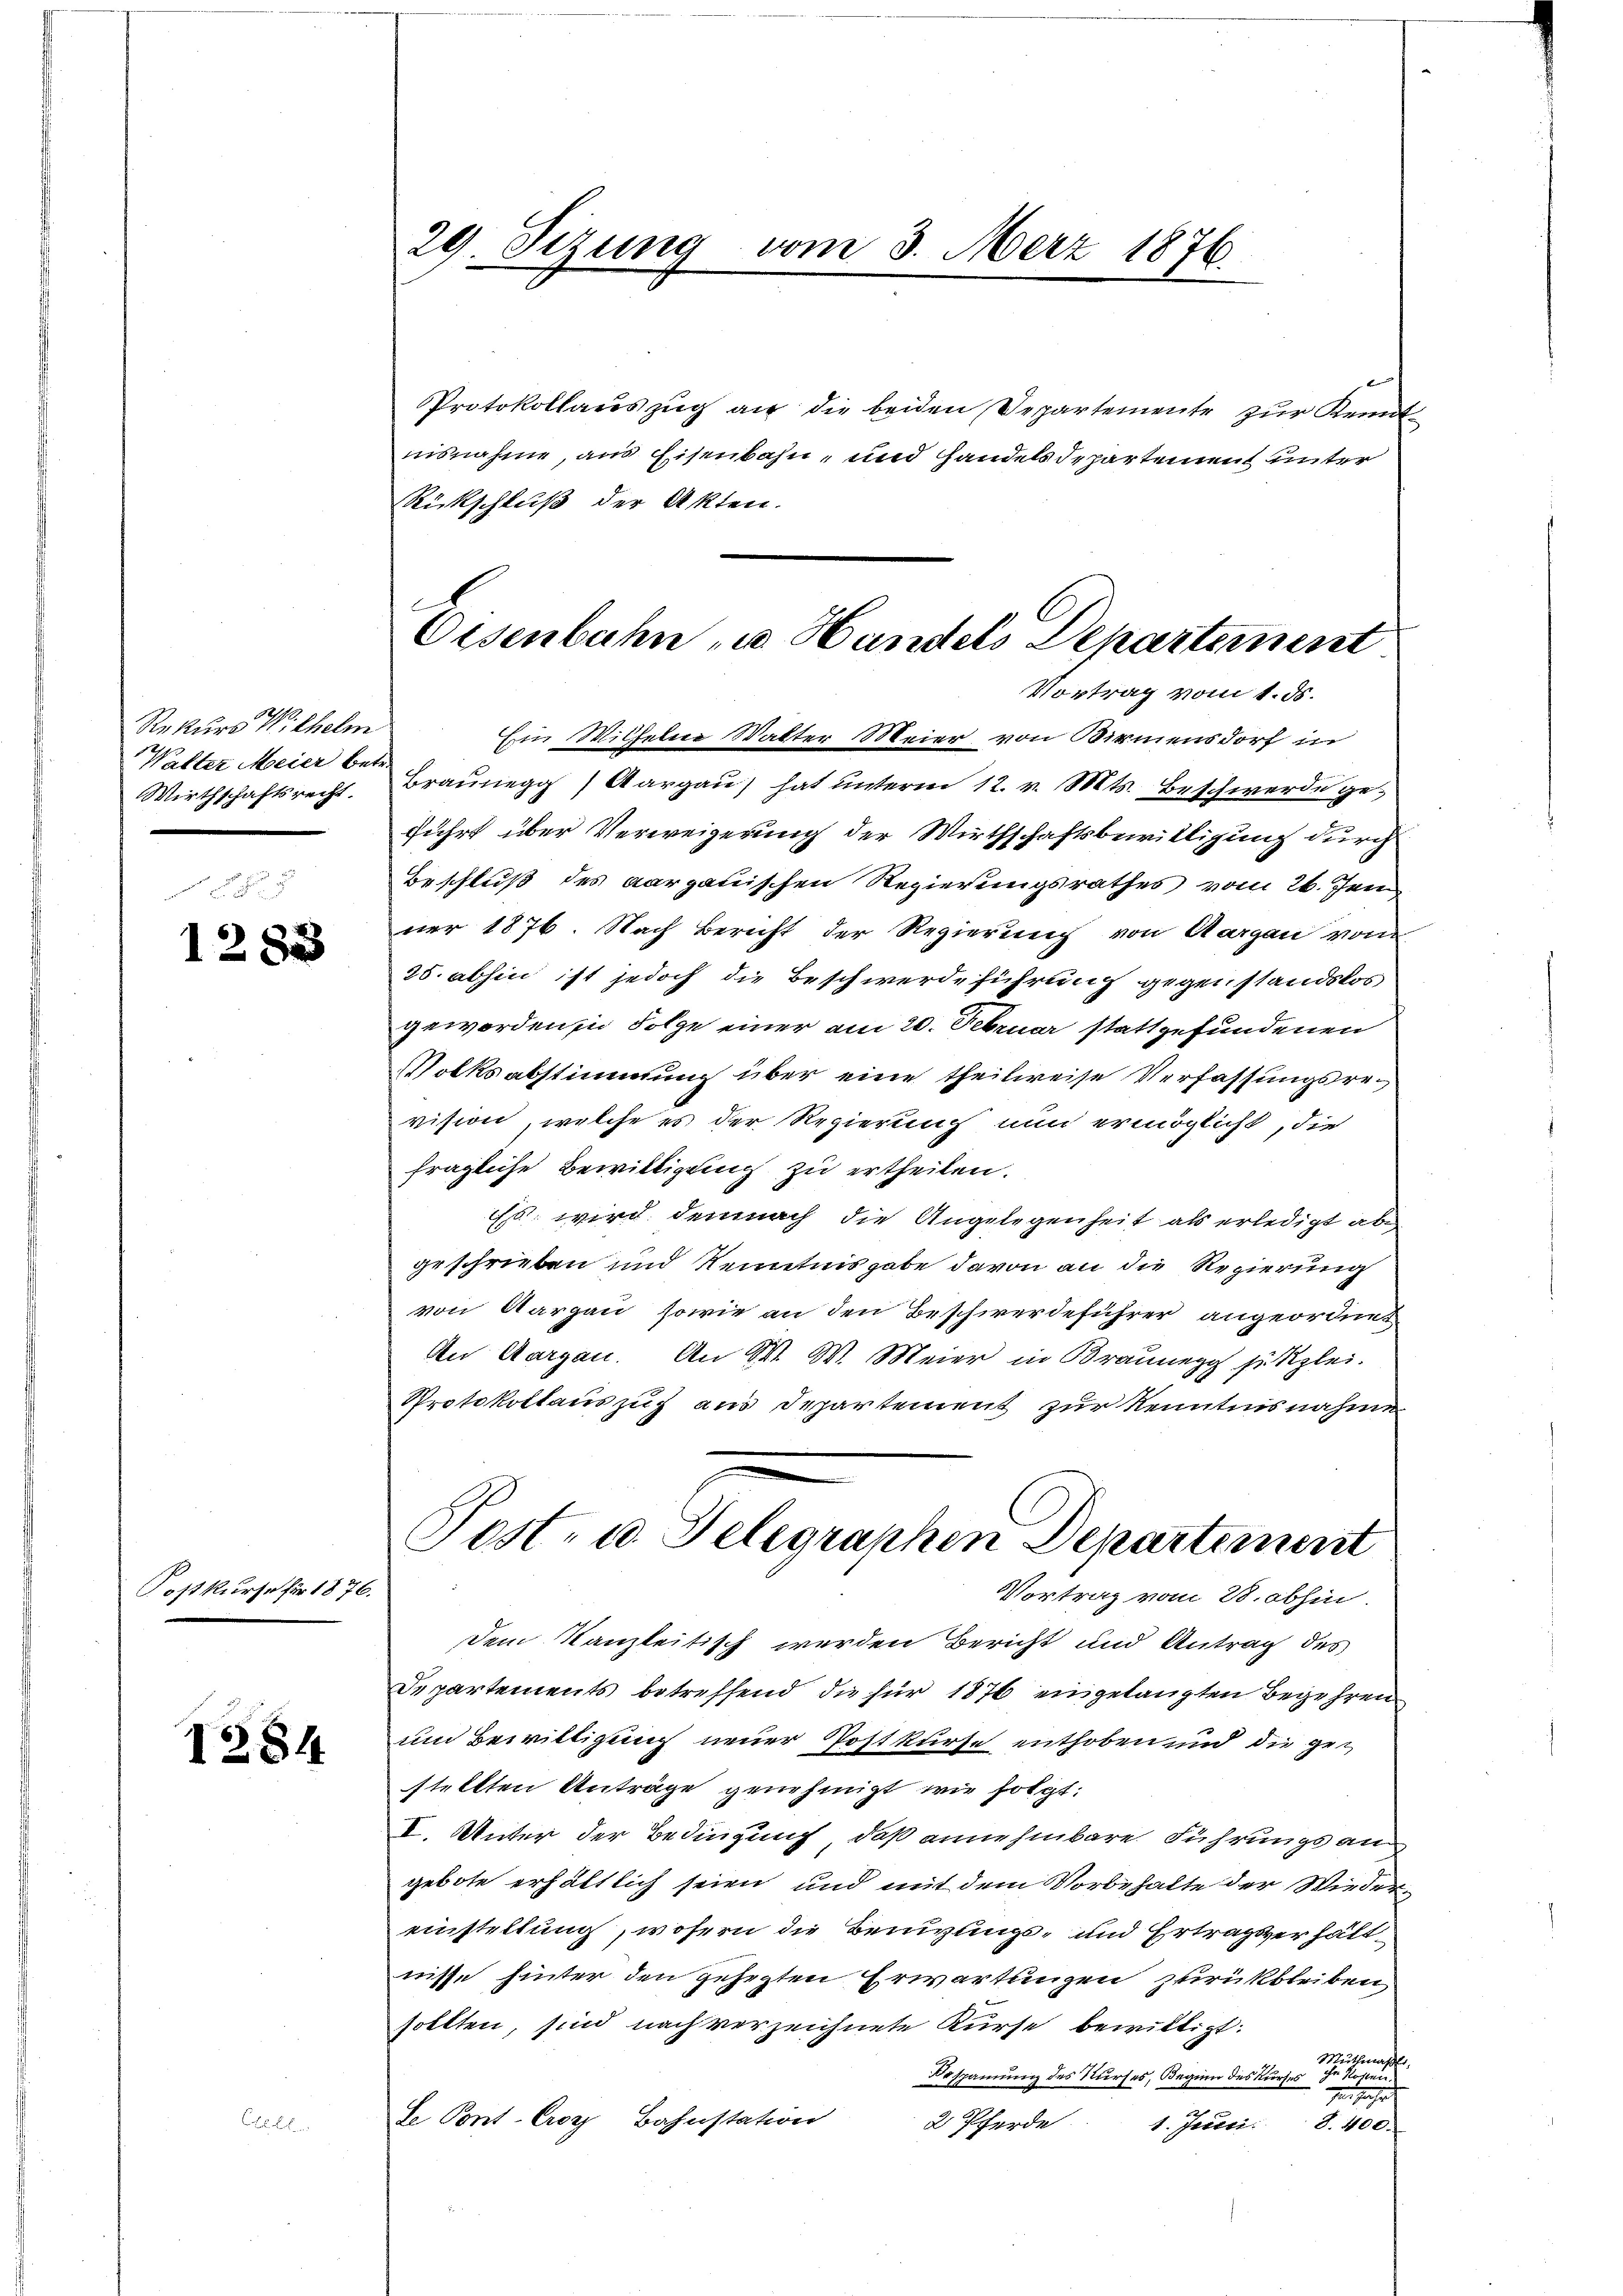
Rekurs Wilhelm
Walter Meier betr
Wirthschaftsrecht.

1283

Kostkurse für 1876.

1284

29. Sizung

Protokollauszug an die beiden Departemente zur Kennte
nisnahme, aus Eisenbahn, und handelsdepartement unter
Rückschluß der Akten.
Vortrag vom 1. ds.
Ein Wilhelm Walter Meier von Birmensdorf in
Braunegg) Aargau, hat unterm 12. v. Mts. Beschwerde ge
führt über Verweigerung der Wirthschaftsbewilligung durch
Beschluß des aargauischen Regierungsrathes vom 26. Jen
ner 1876. Nach Bericht der Regierung von Aargau vom
35. abhin ist jedoch die Beschwerdeführung gegenstandslos
geworden in Folge einer am 20. Februar stattgefundenen
Volksabstimmung über eine theilweise Verfassungsrevision, welche es der Regierung nun ermöglicht, die
fragliche Bewilligung zu ertheilen.
Es wird demnach die Angelegenheit als erledigt ab
geschrieben und Kenntnisgabe davon an die Regierung
von Aargau, sowie an den Beschwerdeführer angeordnet
An Aargau. An W. W. Meier in Braunegg setzlei.
Protokollauszug aus Departement zur Kenntnisnahmen
Post- u. Delegraphen Departement
Vortrag vom 28. abhin.
dem Kanzleitisch werden Bericht und Antrag des
Departements betreffend die für 1876 eingelangten Begehren
und Bewilligung neuer Postkurse enthoben und die gestellten Anträge genehmigt wie folgt:
I. Unter der Bedingung, daß annehmbare Führungsangebote erhältlich seien und mit dem Vorbehalte der Wiedereinstellung, wofern die Bergungs- und Ertragsverhältnisse hinter den gehegten Erwartungen zurückbleiben,
sollten, sind nach verzeichnete Kurse bewilligt:
Meithernas,
Bespannung des Kurses, Beginn des Kurses ihr Kosten.
e
de Pont. Croy Bahnstation
2 Pferde.
1. Justi. S. 400.

vom 3. Merz 1876

Osenbahn u. Handels Departement